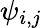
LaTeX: \psi_{i,j}